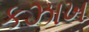
કઝાખ